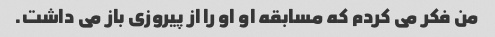
من فکر می کردم که مسابقه او او را از پیروزی باز می داشت.